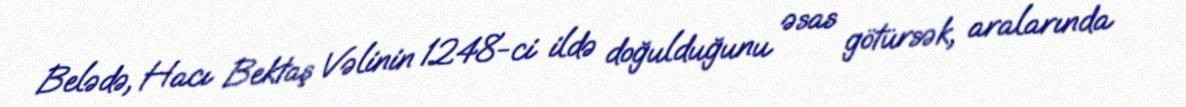
Belədə, Hacı Bektaş Vəlinin 1248-ci ildə doğulduğunu əsas götürsək, aralarında